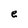
Character: e